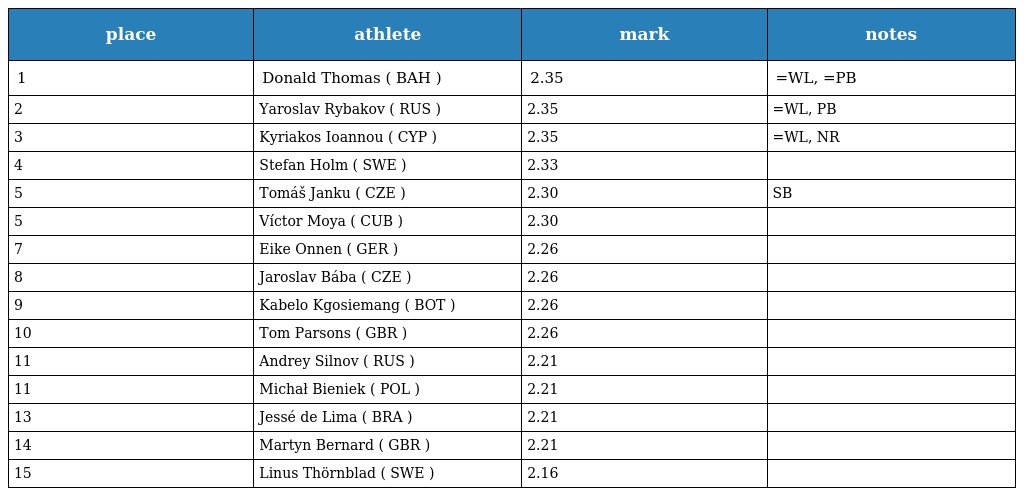
| place | athlete | mark | notes |
 | --- | --- | --- | --- |
 | 1 | Donald Thomas ( BAH ) | 2.35 | =WL, =PB |
 | 2 | Yaroslav Rybakov ( RUS ) | 2.35 | =WL, PB |
 | 3 | Kyriakos Ioannou ( CYP ) | 2.35 | =WL, NR |
 | 4 | Stefan Holm ( SWE ) | 2.33 |  |
 | 5 | Tomáš Janku ( CZE ) | 2.30 | SB |
 | 5 | Víctor Moya ( CUB ) | 2.30 |  |
 | 7 | Eike Onnen ( GER ) | 2.26 |  |
 | 8 | Jaroslav Bába ( CZE ) | 2.26 |  |
 | 9 | Kabelo Kgosiemang ( BOT ) | 2.26 |  |
 | 10 | Tom Parsons ( GBR ) | 2.26 |  |
 | 11 | Andrey Silnov ( RUS ) | 2.21 |  |
 | 11 | Michał Bieniek ( POL ) | 2.21 |  |
 | 13 | Jessé de Lima ( BRA ) | 2.21 |  |
 | 14 | Martyn Bernard ( GBR ) | 2.21 |  |
 | 15 | Linus Thörnblad ( SWE ) | 2.16 |  |